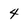
Character: 4